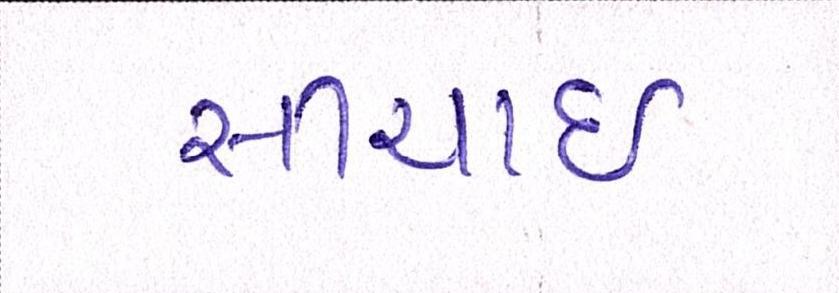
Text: સીંચાઇ